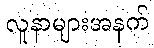
လူနာများအနက်